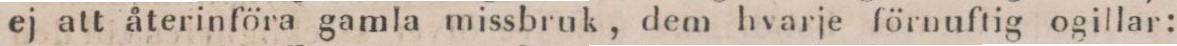
ej att återinföra gamla missbruk, dem hvarje förnuftig ogillar: